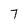
Character: 7